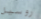
روسيل